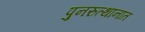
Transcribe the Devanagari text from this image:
पुनरुत्थानात